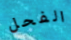
الفحل